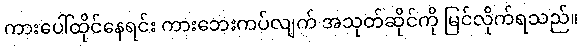
ကားပေါ်ထိုင်နေရင်း ကားဘေးကပ်လျက် အသုတ်ဆိုင်ကို မြင်လိုက်ရသည်။